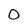
Character: 0